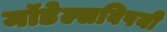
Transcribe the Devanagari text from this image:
मॉडेल्सविषयी